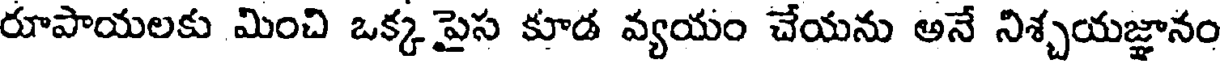
రూపాయలకు మించి ఒక్క పైస కూడ వ్యయం చేయను అనే నిశ్చయజ్ఞానం